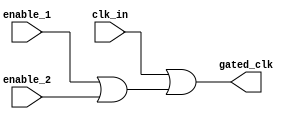
module ClockGating (
    input wire clk_in,       // Main clock input
    input wire enable_1,     // First enable signal
    input wire enable_2,     // Second enable signal (can be extended)
    output wire gated_clk     // Gated clock output to memory block
);

// OR gate implementation for clock gating
assign gated_clk = clk_in | (enable_1 | enable_2);

endmodule